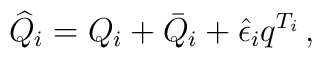
\widehat{Q}_i = Q_i + \bar{Q}_i +  \hat{\epsilon}_i q^{T_i}\,,